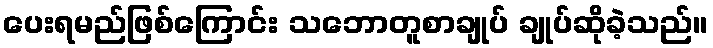
ပေးရမည်ဖြစ်ကြောင်း သဘောတူစာချုပ် ချုပ်ဆိုခဲ့သည်။